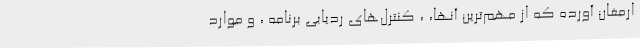
ارمغان آورده که از مهم‌ترین آنها، ، کنترل‌‌های ردیابی برنامه ، و موارد